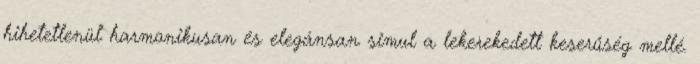
hihetetlenül harmonikusan és elegánsan simul a lekerekedett keserűség mellé.